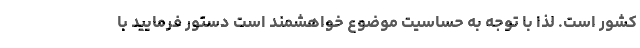
کشور است. لذا با توجه به حساسیت موضوع خواهشمند است دستور فرمایید با